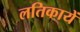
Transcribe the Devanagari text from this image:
लतिकायें